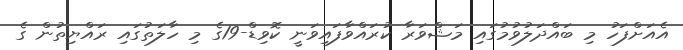
އެއަށްފަހު މި ބައްދަލުވުމުގައި މަޝްވަރާ ކުރައްވާފައިވަނީ ކޮވިޑް-19ގެ މި ހާލަތުގައި ރައްޔިތުން ގެ